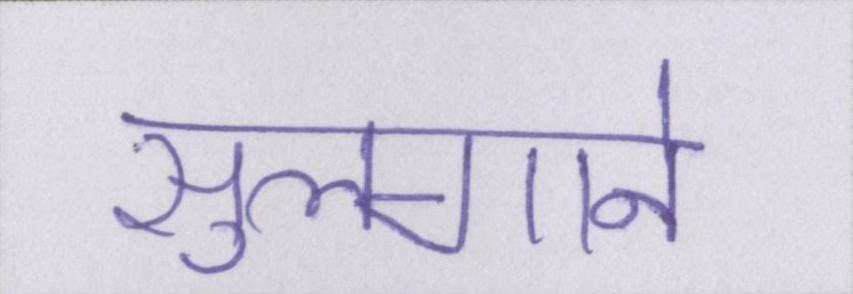
सुलगाने